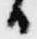
日